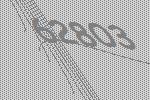
62803